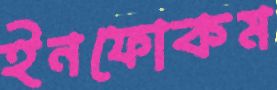
ইনফোকম